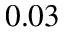
0 . 0 3